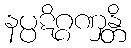
နပ္ပဋိဂ္ဂဏှန္တိ